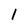
Character: 1